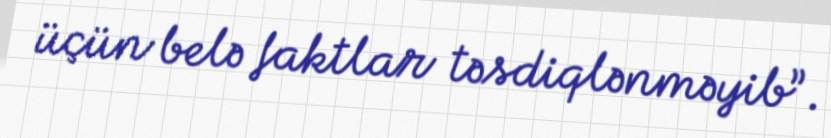
üçün belə faktlar təsdiqlənməyib”.